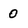
Character: 0